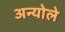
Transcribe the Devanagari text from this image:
अन्योले